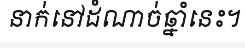
នាក់នៅដំណាច់ឆ្នាំនេះ។